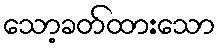
သော့ခတ်ထားသော